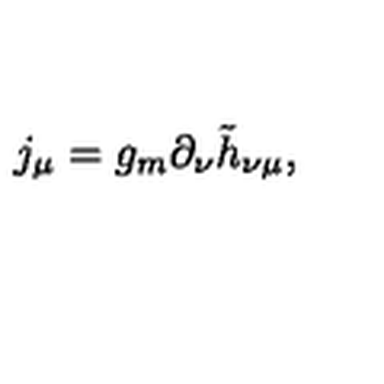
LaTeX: j _ { \mu } = g _ { m } \partial _ { \nu } \tilde { h } _ { \nu \mu } ,